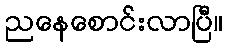
ညနေစောင်းလာပြီ။